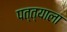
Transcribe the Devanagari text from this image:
पत्त्याला